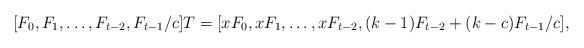
LaTeX: \begin{align*}[F_0,F_1,\ldots,F_{t-2},F_{t-1}/c]T=[xF_0,xF_1,\ldots,xF_{t-2}, (k-1)F_{t-2}+(k-c) F_{t-1}/c],\end{align*}